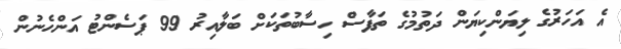
އެ އަހަރުގެ ލިޔަންކިޔަން ދަތުމުގެ ތަފާސް ހިސާބުތަކަށް ބަލާއިރު 99 ޕަސެންޓު އަންހެނުން